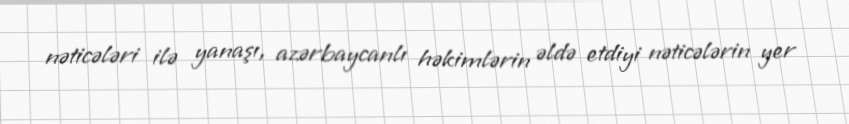
nəticələri ilə yanaşı, azərbaycanlı həkimlərin əldə etdiyi nəticələrin yer